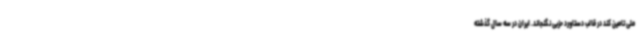
ملی تامین کند در قالب دستاورد حزبی نگنجاند. ایران در سه سال گذشته